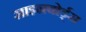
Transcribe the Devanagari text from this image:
साइनबोर्ड्स